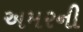
અમરની